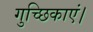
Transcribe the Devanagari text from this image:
गुच्छिकाएं।